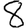
Digit: 8